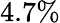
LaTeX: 4.7\%